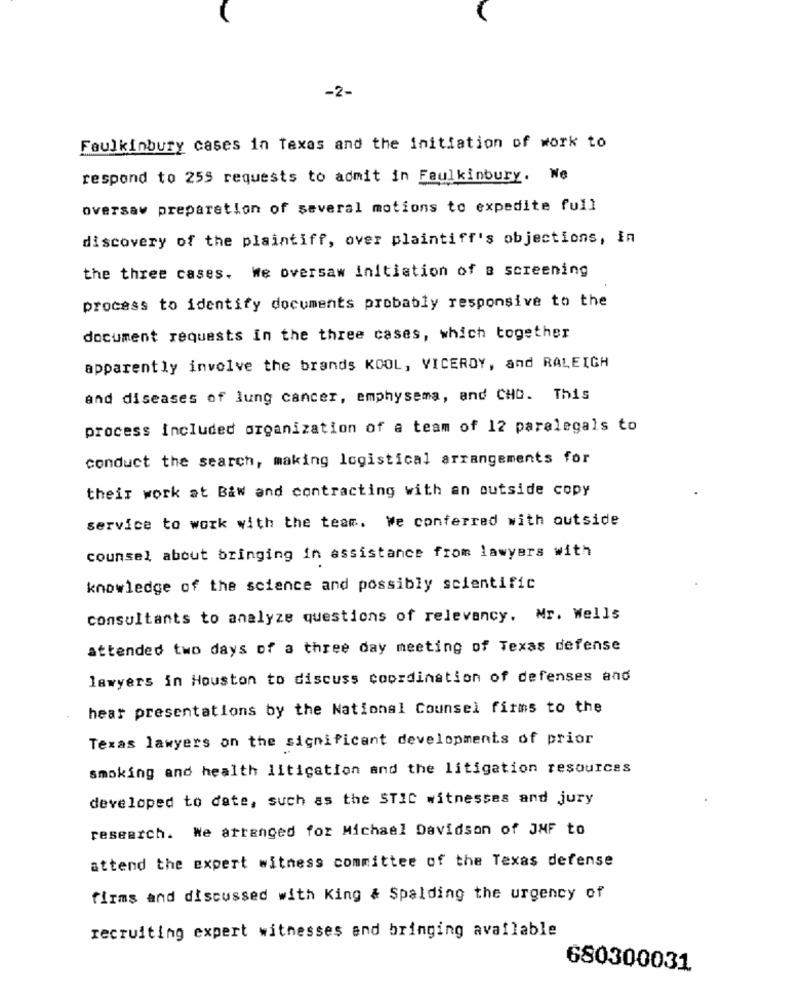
-2-
Faulkinbury cases in Texas and the initiation of work to
respond to 259 requests to admit in Faulkinbury. We
oversav preparation of several motions to expedite full
discovery of the plaintiff, over plaintiff's objections, in
the three cases. We oversaw initiation of a screening
process to identify documents probably responsive to the
document requests in the three cases, which together
apparently involve the brands KOOL, VICEROY, and RALEIGH
and diseases of lung cancer, emphysema, and CHO. This
process included organization of a team of 12 paralegals to
conduct the search, making logistical arrangements for
their work at B&w and contracting with an outside copy
service to work with the team. We conferred with outside
counsel about bringing in assistance from lawyers with
knowledge of the science and possibly scientific
consultants to analyze questions of relevancy, Mr. Wells
attended two days of a three day meeting of Texas defense
lawyers in Houston to discuss coordination of defenses and
hear presentations by the National Counsel firms to the
Texas lawyers on the significant developments of prior
smoking and health litigation and the litigation resources
developed to date, such as the STIC witnesses and jury
research. We arranged for Michael Davidson of JMF to
attend the expert witness committee of the Texas defense
firms and discussed with King & Spalding the urgency of
recruiting expert witnesses and bringing available
680300031